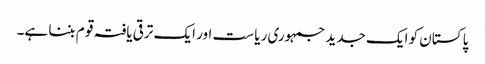
پا کستان کو ایک جدید جمہوری ریا ست اور ایک ترقی یافتہ قو م بننا ہے۔